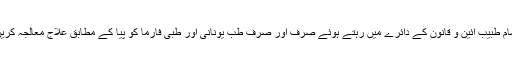
تمام طبیب آئین و قانون کے دائرے میں رہتے ہوئے صرف اور صرف طب یونانی اور طبی فارما کو پیا کے مطابق علاج معالجہ کریں۔